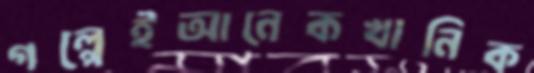
গল্পেইআনেকখানিক